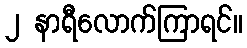
၂ နာရီလောက်ကြာရင်။